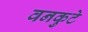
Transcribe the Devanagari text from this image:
वनकुटे